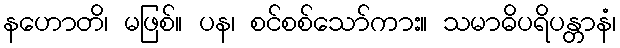
နဟောတိ၊ မဖြစ်။ ပန၊ စင်စစ်သော်ကား။ သမာဓိပရိပန္တာနံ၊